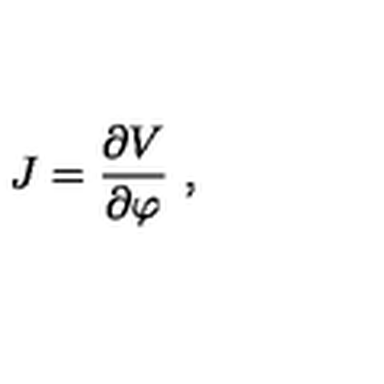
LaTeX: J = \frac { \partial V } { \partial \varphi } \ ,